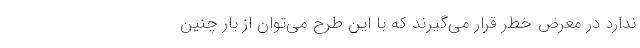
ندارد در معرض خطر قرار می‌گیرند که با این طرح می‌توان از بار چنین